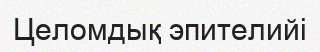
Целомдық эпителийі